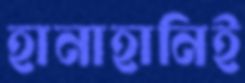
হানাহানিই